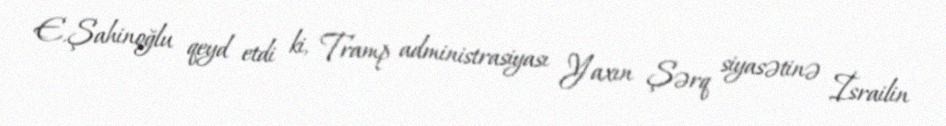
E.Şahinoğlu qeyd etdi ki, Tramp administrasiyası Yaxın Şərq siyasətinə İsrailin